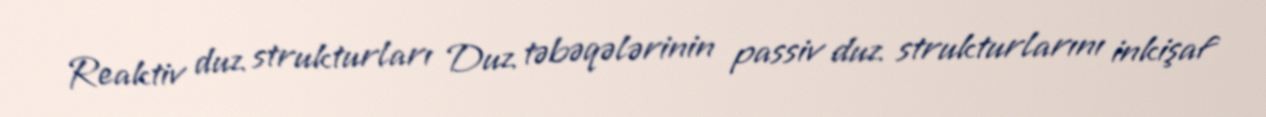
Reaktiv duz strukturları Duz təbəqələrinin passiv duz strukturlarını inkişaf